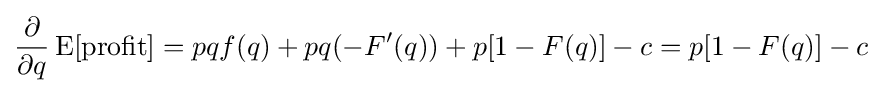
{\frac {\partial }{\partial q}}\operatorname {E} [{\text{profit}}]=pqf(q)+pq(-F'(q))+p[1-F(q)]-c=p[1-F(q)]-c